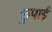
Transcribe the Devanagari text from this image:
छुपाई